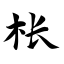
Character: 枨